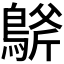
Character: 𪂀